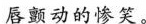
唇额动的惨笑。